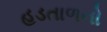
હડતાળનો